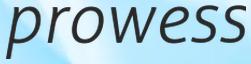
prowess